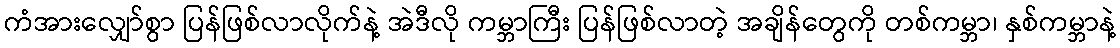
ကံအားလျှော်စွာ ပြန်ဖြစ်လာလိုက်နဲ့ အဲဒီလို ကမ္ဘာကြီး ပြန်ဖြစ်လာတဲ့ အချိန်တွေကို တစ်ကမ္ဘာ၊ နှစ်ကမ္ဘာနဲ့